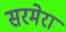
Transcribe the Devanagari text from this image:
सरमेरा